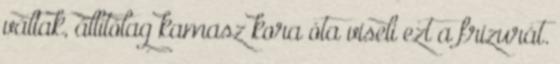
váltak, állítólag kamasz kora óta viseli ezt a frizurát.